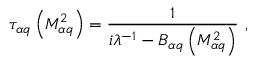
\tau _ { \alpha q } \left( M _ { \alpha q } ^ { 2 } \right) = \frac { 1 } { i \lambda ^ { - 1 } - { \cal B } _ { \alpha q } \left( M _ { \alpha q } ^ { 2 } \right) } \ ,